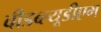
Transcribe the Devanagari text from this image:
वीडब्ल्यूडीएम